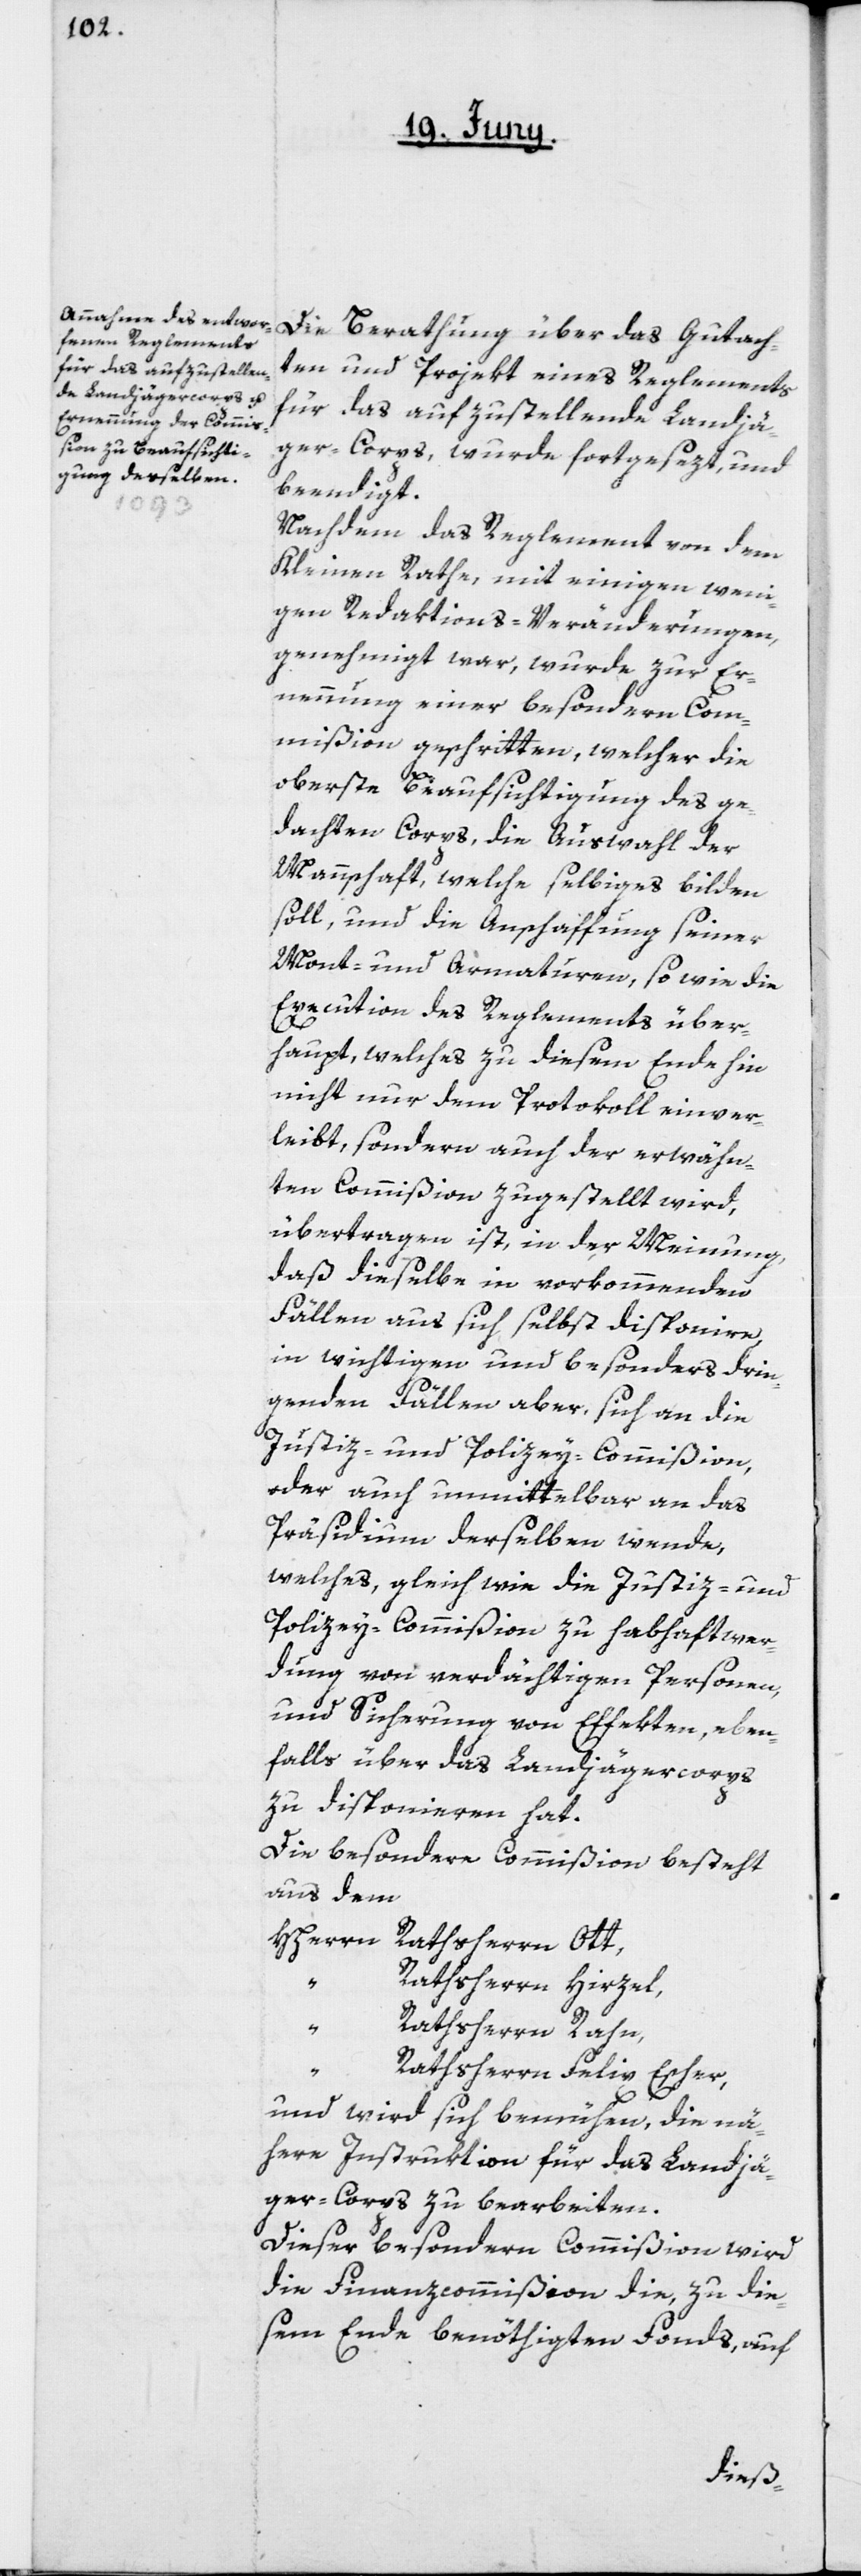
Die Berathung über das Gutach¬
ten und Projekt eines Reglements
für das aufzustellende Landjä¬
ger-Corps, wurde fortgesezt und
beendigt.
Nachdem das Reglement von dem
Kleinen Rathe, mit einigen weni¬
gen Redaktions-Veränderungen,
genehmigt war, wurde zur Er¬
nennung einer besondern Com¬
mißion geschritten, welcher die
oberste Beaufsichtigung des ge¬
dachten Corps, die Auswahl der
Mannschaft, welche selbiges bilden
soll, und die Anschaffung seiner
Mont- und Armaturen, so wie die
Execution des Reglements über¬
haupt, welches zu diesem Ende hin
nicht nur dem Protokoll einver¬
leibt, sondern auch der erwähn¬
ten Commißion zugestellt wird,
übertragen ist, in der Meinung,
daß dieselbe in vorkommenden
Fällen aus sich selbst disponire,
in wichtigen und besonders drin¬
genden Fällen aber, sich an die
Justiz- und Polizey-Commißion,
oder auch unmittelbar an das
Präsidium derselben wende,
welches, gleich wie die Justiz- und
Polizey-Commißion zu Habhaftwer¬
dung von verdächtigen Personen,
und Sicherung von Effekten, eben¬
falls über das Landjägercorps
zu disponieren hat.
Die besondere Commißion besteht
aus dem
Rathsherrn Hirzel,
“
Rathsherrn Rahn,
“
Rathsherrn Felix Escher,
und wird sich bemühen, die nä¬
here Instruktion für das Landjä¬
ger-Corps zu bearbeiten.
Dieser besondern Commißion wird
die Finanzcommißion die, zu die¬
sem Ende benöthigten Fonds, auf